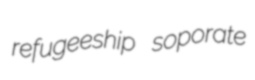
refugeeship soporate